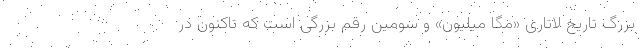
بزرگ تاریخ لاتاری «مگا میلیون» و سومین رقم بزرگی است که تاکنون در